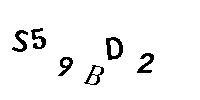
S59BD2